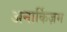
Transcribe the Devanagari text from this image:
अनार्किज़म